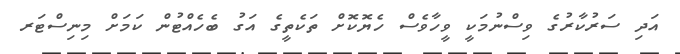
އަދި ސަރުކާރުގެ ވިސްނުމަކީ ވީހާވެސް ހެޔޮކޮށް ތަކެތީގެ އަގު ބެހެއްޓުން ކަމަށް މިނިސްޓަރ